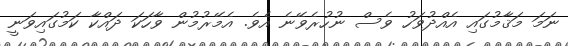
ނަމަ މަޤާމުގައި އެއްދުވަހު ވެސް ނުހުރެވޭނެ އެވެ. އެމޭރުމުން ވާހަކަ ދައްކާ ކަމުގައިވަނީ